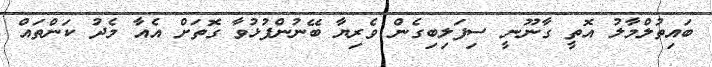
ބައިތުލްމާލު އޮތީ ގާނޫނީ ސިފަލިބިގެން ވެރިޔާ ބޭނުންފުޅުވާ ގޮތަށް އެއާ މެދު ކަންތައް